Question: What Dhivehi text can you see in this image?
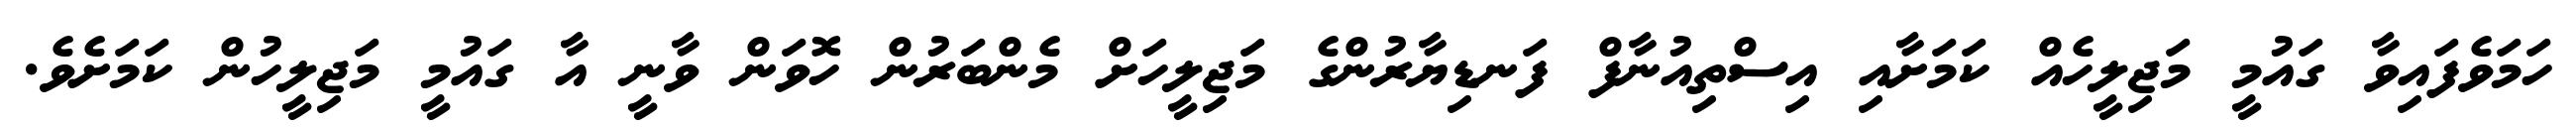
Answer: ހަމަވެފައިވާ ގައުމީ މަޖިލީހެއް ކަމަށާއި އިސްތިއުނާފް ފަނޑިޔާރުންގެ މަޖިލީހަށް މެންބަރުން ހޮވަން ވާނީ އާ ގައުމީ މަޖިލީހުން ކަމަށެވެ.